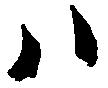
ハ